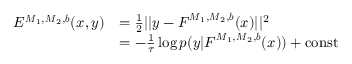
\begin{array} { r l } { E ^ { \boldsymbol { M } _ { 1 } , \boldsymbol { M } _ { 2 } , \boldsymbol { b } } ( \boldsymbol { x } , \boldsymbol { y } ) } & { = \frac { 1 } { 2 } | | \boldsymbol { y } - \boldsymbol { F } ^ { \boldsymbol { M } _ { 1 } , \boldsymbol { M } _ { 2 } , \boldsymbol { b } } ( \boldsymbol { x } ) | | ^ { 2 } } \\ & { = - \frac { 1 } { \tau } \log p ( \boldsymbol { y } | \boldsymbol { F } ^ { \boldsymbol { M } _ { 1 } , \boldsymbol { M } _ { 2 } , \boldsymbol { b } } ( \boldsymbol { x } ) ) + \mathrm { c o n s t } } \end{array}